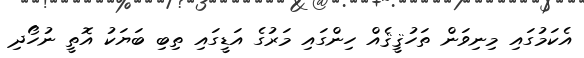
އެކަމުގައި މިނިވަން ތަހުޤީޤެއް ހިންގައި މަރުގެ އަޑީގައި ތިބި ބަޔަކު އޮތީ ނުހޯދި